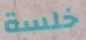
خلسة